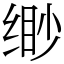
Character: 缈